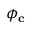
\phi _ { \mathbf { c } }